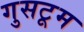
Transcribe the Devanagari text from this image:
गुसटूम